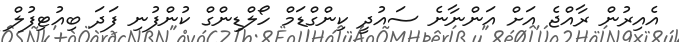
އެއިރުން ރާއްޖެ އަށް އަންނާނެ ސައުދީ ކިންގްޑަމް ހޯލްޑިންގް ކުންފުނި ފަދަ ބިއުޓިފުލް